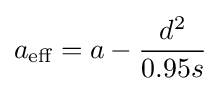
a_{\text{eff}}=a-{\frac {d^{2}}{0.95s}}